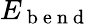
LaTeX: E_{\mathrm{~b~e~n~d~}}